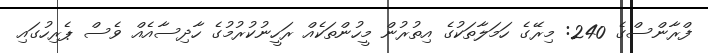
ފްރާންސްގެ 240: މިރޭގެ ހަމަލާތަކުގެ އިތުރުން މީހުންތަކެއް ރަހީނުކުރުމުގެ ހާދިސާއެއް ވެސް ޕެރިހުގައި